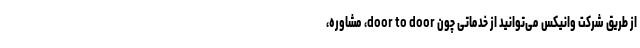
از طریق شرکت وانیکس می‌توانید از خدماتی چون door to door، مشاوره،